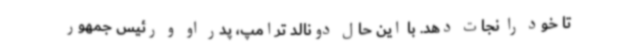
تا خود را نجات دهد. با این حال دونالد ترامپ، پدر او و رئیس جمهور